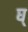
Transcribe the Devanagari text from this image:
घ्‌